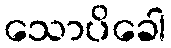
သောပိခေါ